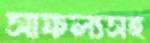
সাফল্যসহ